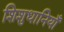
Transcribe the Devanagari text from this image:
शिशुधानियाँ